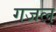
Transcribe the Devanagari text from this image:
गजल्